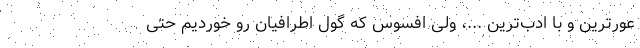
عورترین و با ادب‌ترین ...، ولی افسوس که گول اطرافیان رو خوردیم حتی